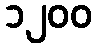
၁၂၀၀